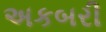
અકબરી